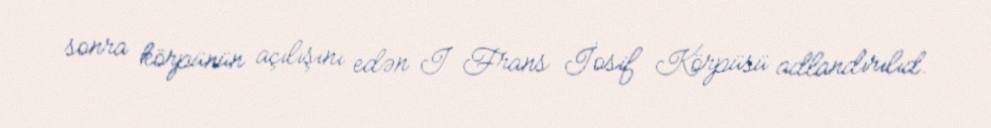
sonra körpünün açılışını edən I Frans İosif Körpüsü adlandırılıd.